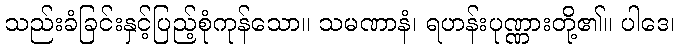
သည်းခံခြင်းနှင့်ပြည့်စုံကုန်သော။ သမဏာနံ၊ ရဟန်းပုဏ္ဏားတို့၏။ ပါဒေ၊